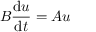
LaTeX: B { \frac { \mathrm { d } u } { \mathrm { d } t } } = A u